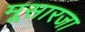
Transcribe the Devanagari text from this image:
मूसारजा